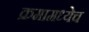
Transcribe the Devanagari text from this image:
क्रमामध्येच